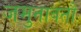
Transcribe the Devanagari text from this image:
जमुनावतौ